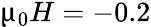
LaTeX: \upmu_{0}H=-0.2